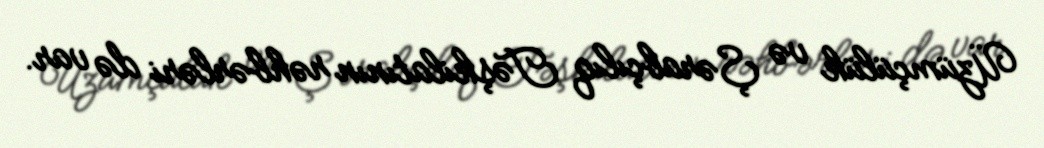
Üzümçülük və Şərabçılıq Təşkilatının rəhbərləri də var.